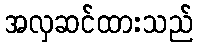
အလှဆင်ထားသည်